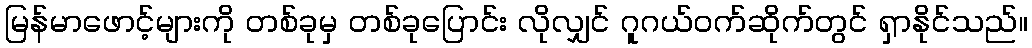
မြန်မာဖောင့်များကို တစ်ခုမှ တစ်ခုပြောင်း လိုလျှင် ဂူဂယ်ဝက်ဆိုက်တွင် ရှာနိုင်သည်။